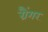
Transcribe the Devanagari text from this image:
ग्रैंगर